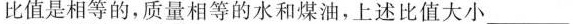
比值是相等的，质量相等的水和煤油，上述比值大小___